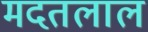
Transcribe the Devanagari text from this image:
मदतलाल